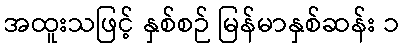
အထူးသဖြင့် နှစ်စဉ် မြန်မာနှစ်ဆန်း ၁